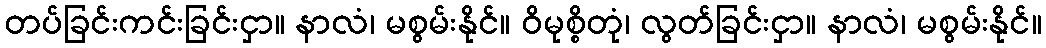
တပ်ခြင်းကင်းခြင်းငှာ။ နာလံ၊ မစွမ်းနိုင်။ ဝိမုစ္စိတုံ၊ လွတ်ခြင်းငှာ။ နာလံ၊ မစွမ်းနိုင်။